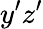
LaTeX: y^{\prime}z^{\prime}